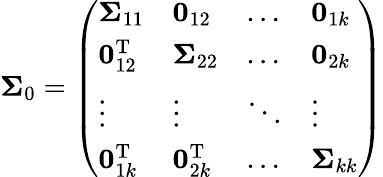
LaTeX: \mathbf{\Sigma}_{0}=\left(\begin{array}{llll}{\mathbf{\Sigma}_{11}}&{\mathbf{0}_{12}}&{\dots}&{\mathbf{0}_{1k}}\\ {\mathbf{0}_{12}^{\mathrm{T}}}&{\mathbf{\Sigma}_{22}}&{\dots}&{\mathbf{0}_{2k}}\\ {\vdots}&{\vdots}&{\ddots}&{\vdots}\\ {\mathbf{0}_{1k}^{\mathrm{T}}}&{\mathbf{0}_{2k}^{\mathrm{T}}}&{\dots}&{\mathbf{\Sigma}_{kk}}\end{array}\right)